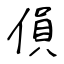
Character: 傊